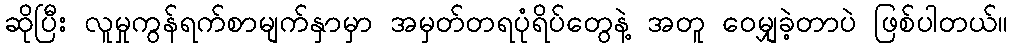
ဆိုပြီး လူမှုကွန်ရက်စာမျက်နှာမှာ အမှတ်တရပုံရိပ်တွေနဲ့ အတူ ဝေမျှခဲ့တာပဲ ဖြစ်ပါတယ်။